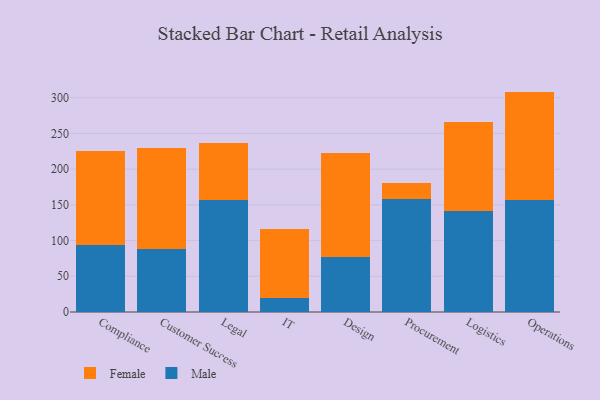
{"axis": {"x": "Department", "y": "Inventory Turnover"}, "legend": ["Female", "Male"], "data": [{"x": "Compliance", "y": 93.2, "type": "Male"}, {"x": "Compliance", "y": 132.4, "type": "Female"}, {"x": "Customer Success", "y": 87.7, "type": "Male"}, {"x": "Customer Success", "y": 141.9, "type": "Female"}, {"x": "Legal", "y": 157.1, "type": "Male"}, {"x": "Legal", "y": 78.9, "type": "Female"}, {"x": "IT", "y": 19.3, "type": "Male"}, {"x": "IT", "y": 96.9, "type": "Female"}, {"x": "Design", "y": 77.4, "type": "Male"}, {"x": "Design", "y": 145.7, "type": "Female"}, {"x": "Procurement", "y": 158.2, "type": "Male"}, {"x": "Procurement", "y": 21.7, "type": "Female"}, {"x": "Logistics", "y": 141.3, "type": "Male"}, {"x": "Logistics", "y": 124.2, "type": "Female"}, {"x": "Operations", "y": 156.7, "type": "Male"}, {"x": "Operations", "y": 151.8, "type": "Female"}]}